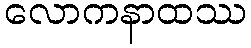
လောကနာထဿ